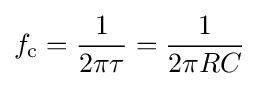
f_{\mathrm {c} }={1 \over 2\pi \tau }={1 \over 2\pi RC}